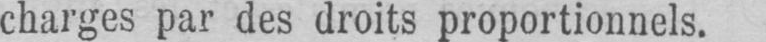
charges par des droits proportionnels.